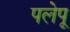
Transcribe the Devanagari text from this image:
पलेपू